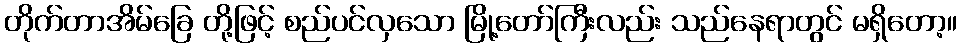
တိုက်တာအိမ်ခြေ တို့ဖြင့် စည်ပင်လှသော မြို့တော်ကြီးလည်း သည်နေရာတွင် မရှိတော့။